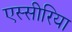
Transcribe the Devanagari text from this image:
एस्सीरिया